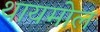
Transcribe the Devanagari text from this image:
थायमोल